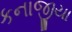
કનાજીયા